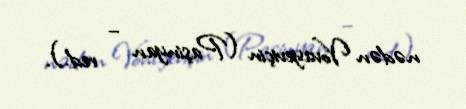
nədən Vovayeviçin (Paşinyan – red.).